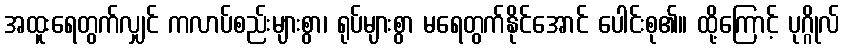
အထူးရေတွက်လျှင် ကလာပ်စည်းများစွာ၊ ရုပ်များစွာ မရေတွက်နိုင်အောင် ပေါင်းစု၏။ ထို့ကြောင့် ပုဂ္ဂိုလ်